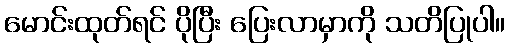
မောင်းထုတ်ရင် ပိုပြီး ပြေးလာမှာကို သတိပြုပါ။